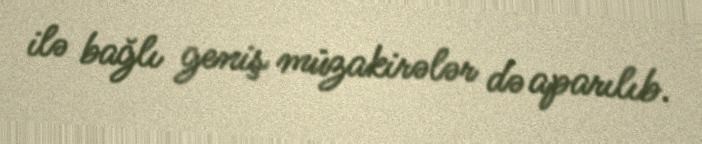
ilə bağlı geniş müzakirələr də aparılıb.